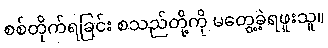
စစ်တိုက်ရခြင်း စသည်တို့ကို မတွေ့ခဲ့ရဖူးသူ။